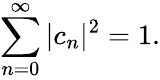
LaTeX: \sum_{n=0}^{\infty}|c_{n}|^{2}=1.